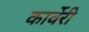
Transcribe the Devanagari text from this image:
कार्वेरी